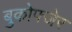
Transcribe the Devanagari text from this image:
बुकोफ्जेर